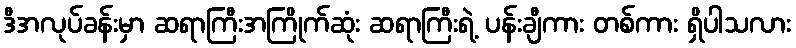
ဒီအလုပ်ခန်းမှာ ဆရာကြီးအကြိုက်ဆုံး ဆရာကြီးရဲ့ ပန်းချီကား တစ်ကား ရှိပါသလား